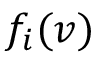
f _ { i } ( v )